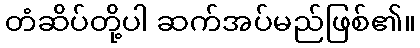
တံဆိပ်တို့ပါ ဆက်အပ်မည်ဖြစ်၏။